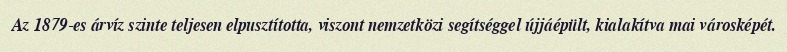
Az 1879-es árvíz szinte teljesen elpusztította, viszont nemzetközi segítséggel újjáépült, kialakítva mai városképét.